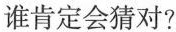
谁肯定会猜对?